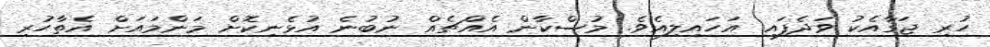
ހުރި ޖަގާއެކު ވަދެފައި އަހައިލިއެވެ. މުސްކާން އެއްޗެއް ނުބުނެ އުޅެނިކޮށް މަންމައަށް އެތާހުރި